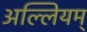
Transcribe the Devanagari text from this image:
अल्लियम्